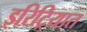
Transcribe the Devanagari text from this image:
इरिट्रियात